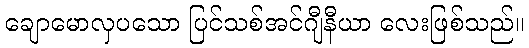
ချောမောလှပသော ပြင်သစ်အင်ဂျီနီယာ လေးဖြစ်သည်။